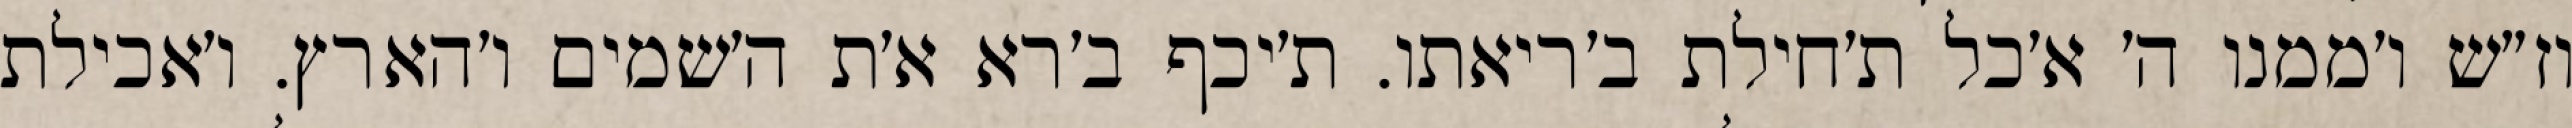
וז״ש ו׳ממנו ה׳ א׳כל ת׳חילת ב׳ריאתו. ת׳יכף ב׳רא א׳ת ה׳שמים ו׳הארץ. ו׳אכילת